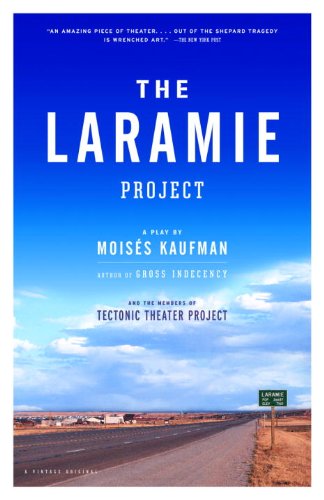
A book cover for The Laramie Project; Moises Kaufman; Literature & Fiction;